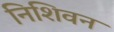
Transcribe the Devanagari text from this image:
निशिवन